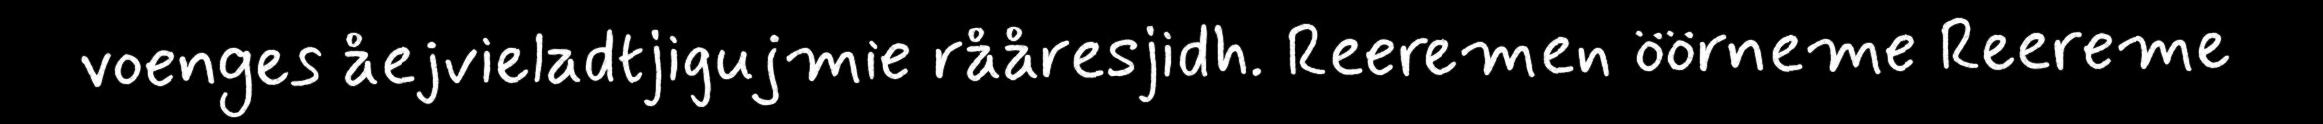
voenges åejvieladtjigujmie rååresjidh. Reeremen öörneme Reereme